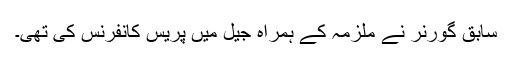
سابق گورنر نے ملزمہ کے ہمراہ جیل میں پریس کانفرنس کی تھی۔